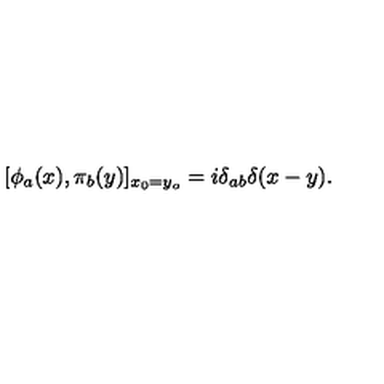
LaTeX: [ \phi _ { a } ( x ) , \pi _ { b } ( y ) ] _ { x _ { 0 } = y _ { o } } = i \delta _ { a b } \delta ( x - y ) .